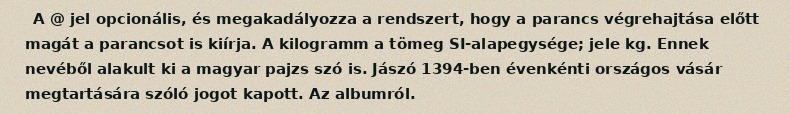
A @ jel opcionális, és megakadályozza a rendszert, hogy a parancs végrehajtása előtt magát a parancsot is kiírja. A kilogramm a tömeg SI-alapegysége; jele kg. Ennek nevéből alakult ki a magyar pajzs szó is. Jászó 1394-ben évenkénti országos vásár megtartására szóló jogot kapott. Az albumról.